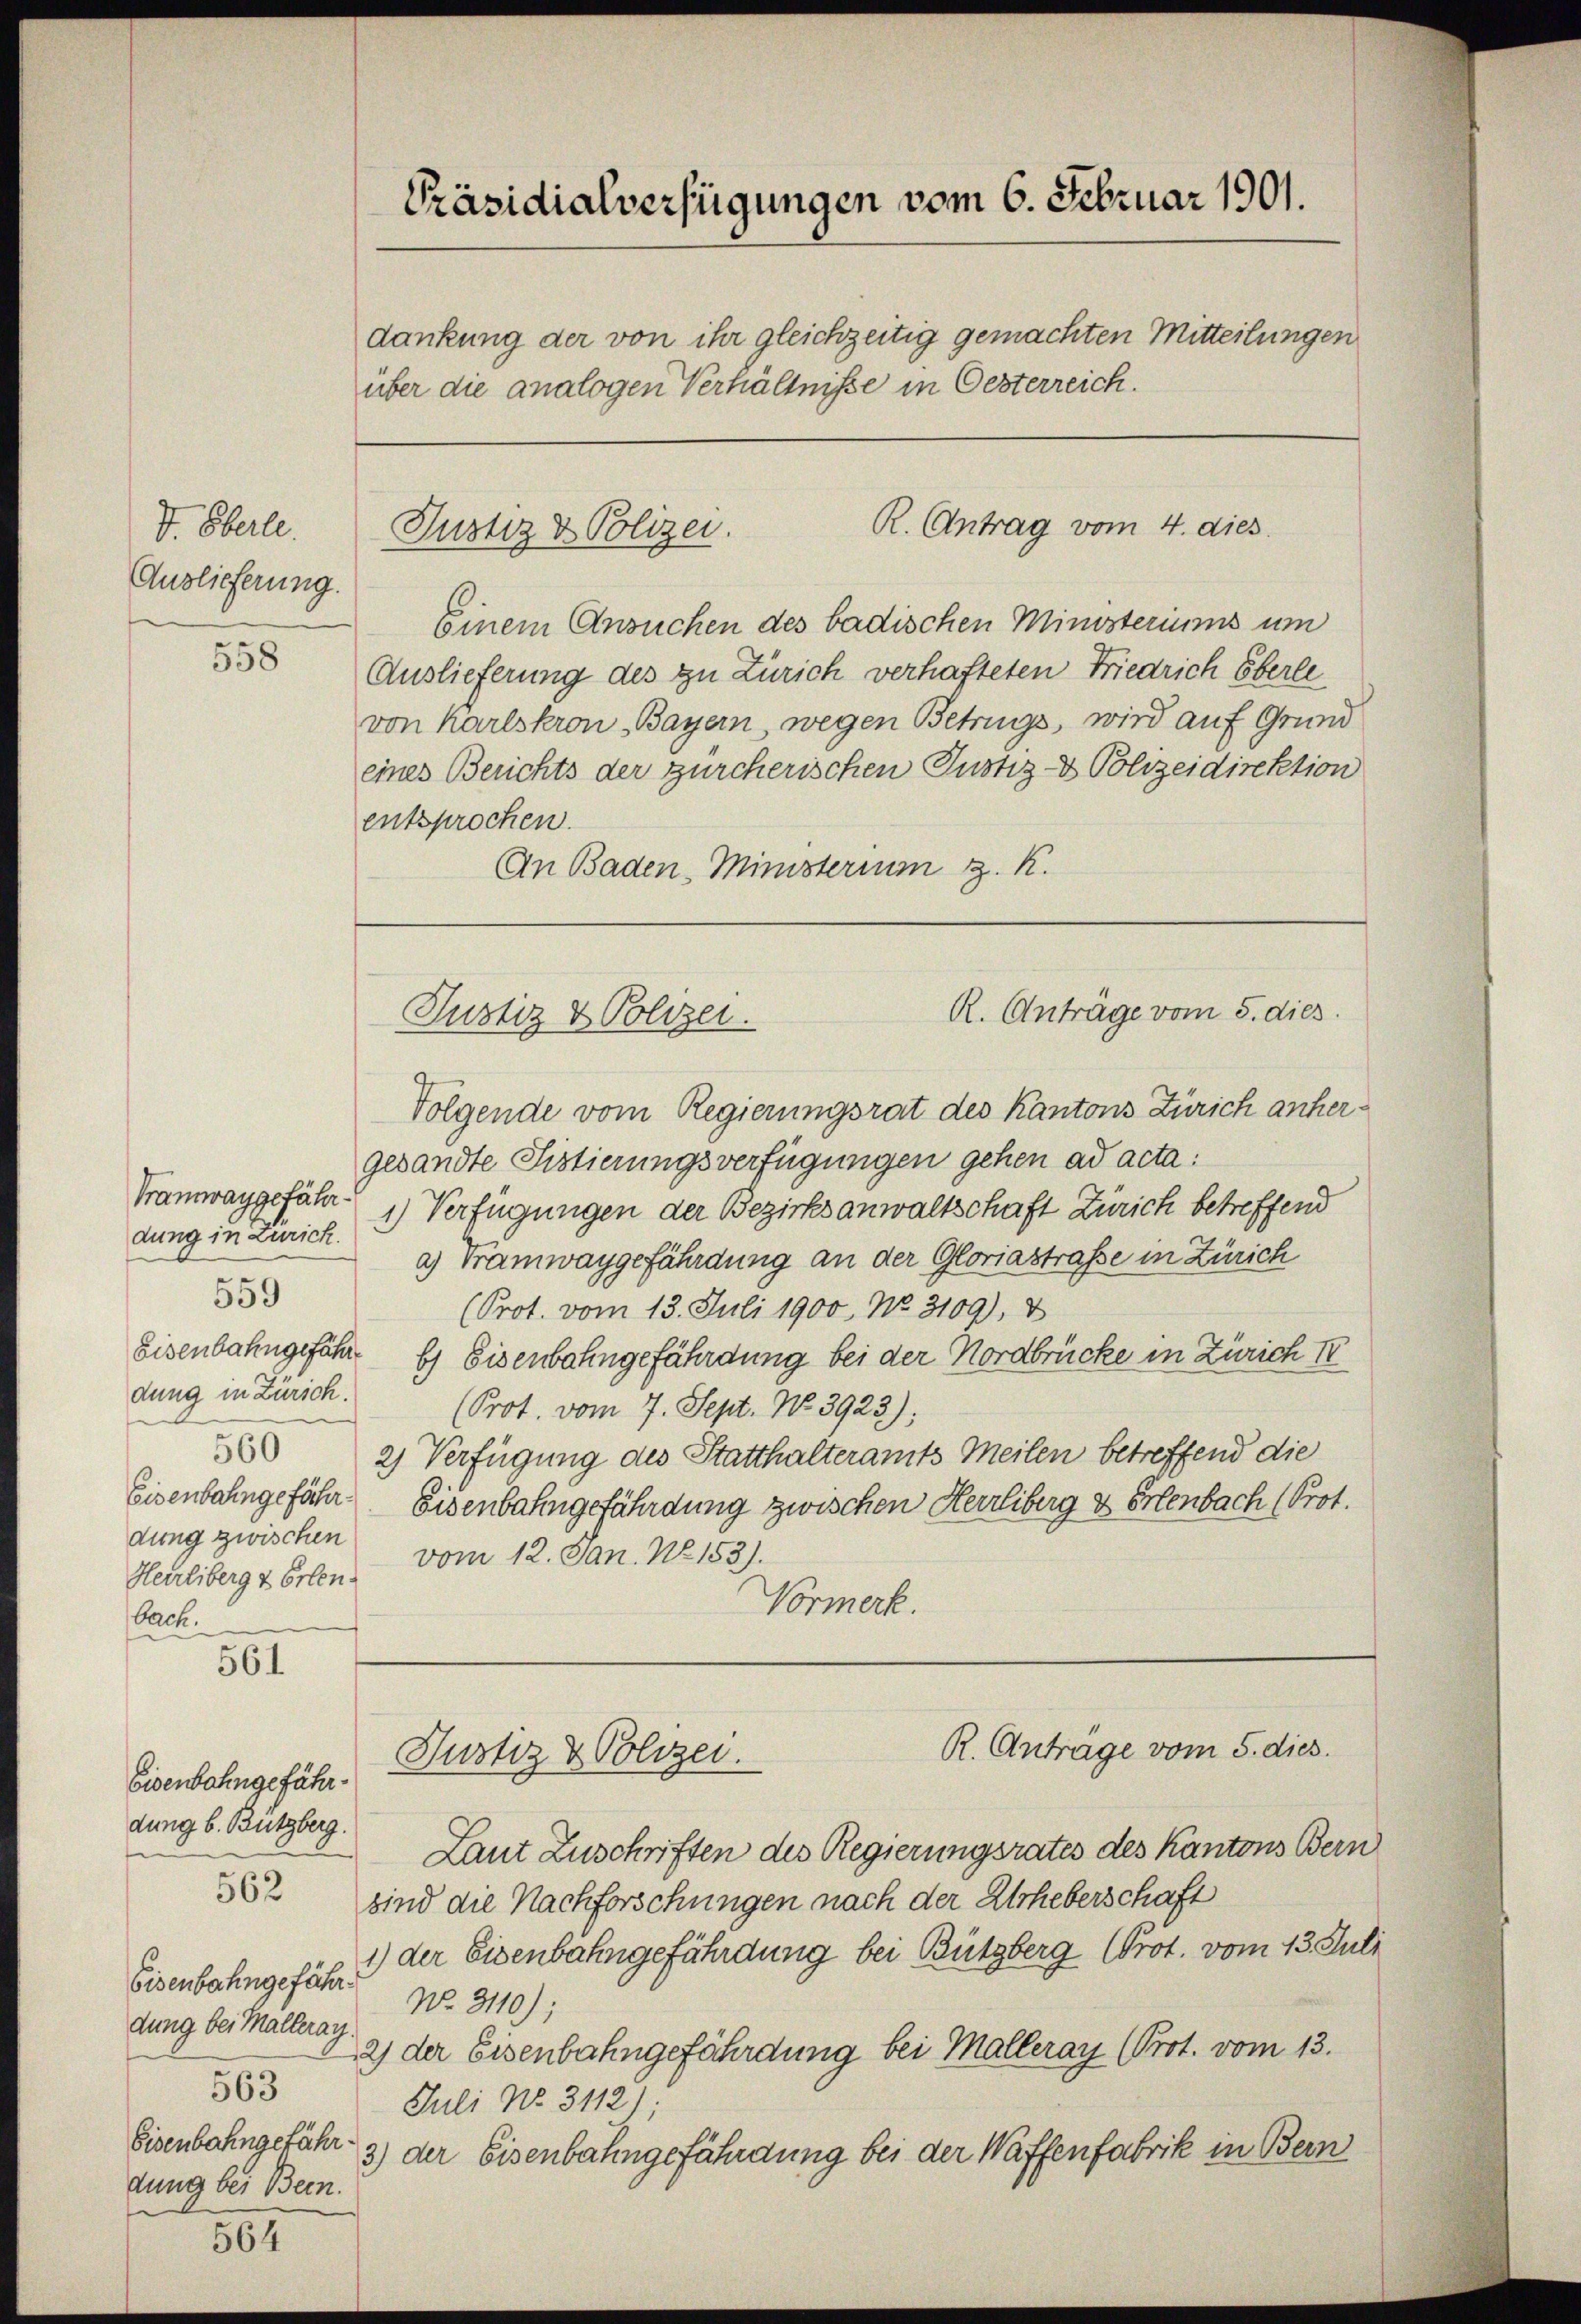
V. Oberle.
Auslieferung.

558

Tramwaygefähr
dung in zurich.
559
Eisenbahngefährdung in Zürich.
Eisenbahngefährdung zwischen
Herrliberg & Erlen.
bach.

561

Eisenbahngefährdung b. Butzberg.

562

564

Präsidialverfügungen vom 6. Februar 1901.
dankung der von ihr gleichzeitig gemachten Mitteilungen
über die analogen Verhältnisse in Oesterreich.

R. Antrag vom 4. dies
Justiz & Polizei.

Einem Ansuchen des badischen Ministeriums un
Auslieferung des zu Zürich verhafteten Friedrich Eberle
von Karlskron Bayern, wegen Betrugs, wird auf Grund
eines Berichts der zürcherischen Justiz- & Polizeidirektion
entsprochen.
An Baden-Ministerium z. K.

R. Anträge vom 5. dies
Justiz & Polizei.

Folgende vom Regierungsrat des Kantons Zürich anhergesandte Sistierungsverfügungen gehen ad acta:
1) Verfügungen der Bezirksanwaltschaft Zürich betreffend
a) Tramwaygefährdung an der Gloriastraße in Zürich
(Prot. vom 13. Juli 1900. No. 3109), V
b) Eisenbahngefährdung bei der Nordbrücke in Zürich I
(Prot. vom 7. Sept. No. 3923);
 2) Verfügung des Statthalteramts Meilen betreffend die
Eisenbahngefährdung zwischen Herrliberg & Erlenbach (Prot.
vom 12. Jan. No 153).
Vormerk.

R. Anträge vom 5. dies
Justiz & Polizei.

Laut Zuschriften des Regierungsrates des Kantons Bern
sind die Nachforschungen nach der Urheberschaft
1) der Eisenbahngefährdung bei Bützberg (Prot. vom 13. Juli
Eisenbahngefähr¬
No. 3110);
dung bei Malleray.
2) der Eisenbahngefährdung bei Malleray (Prot. vom 13.
563
Juli No. 3112);
Eisenbahngefähr.
3) der Eisenbahngefährdung bei der Waffenfabrik in Bern
dung bei Bern.